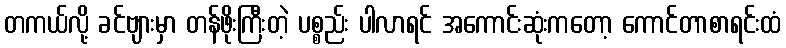
တကယ်လို့ ခင်ဗျားမှာ တန်ဖိုးကြီးတဲ့ ပစ္စည်း ပါလာရင် အကောင်းဆုံးကတော့ ကောင်တာစာရင်းထံ